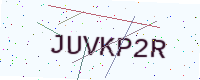
Text: JUVKP2R